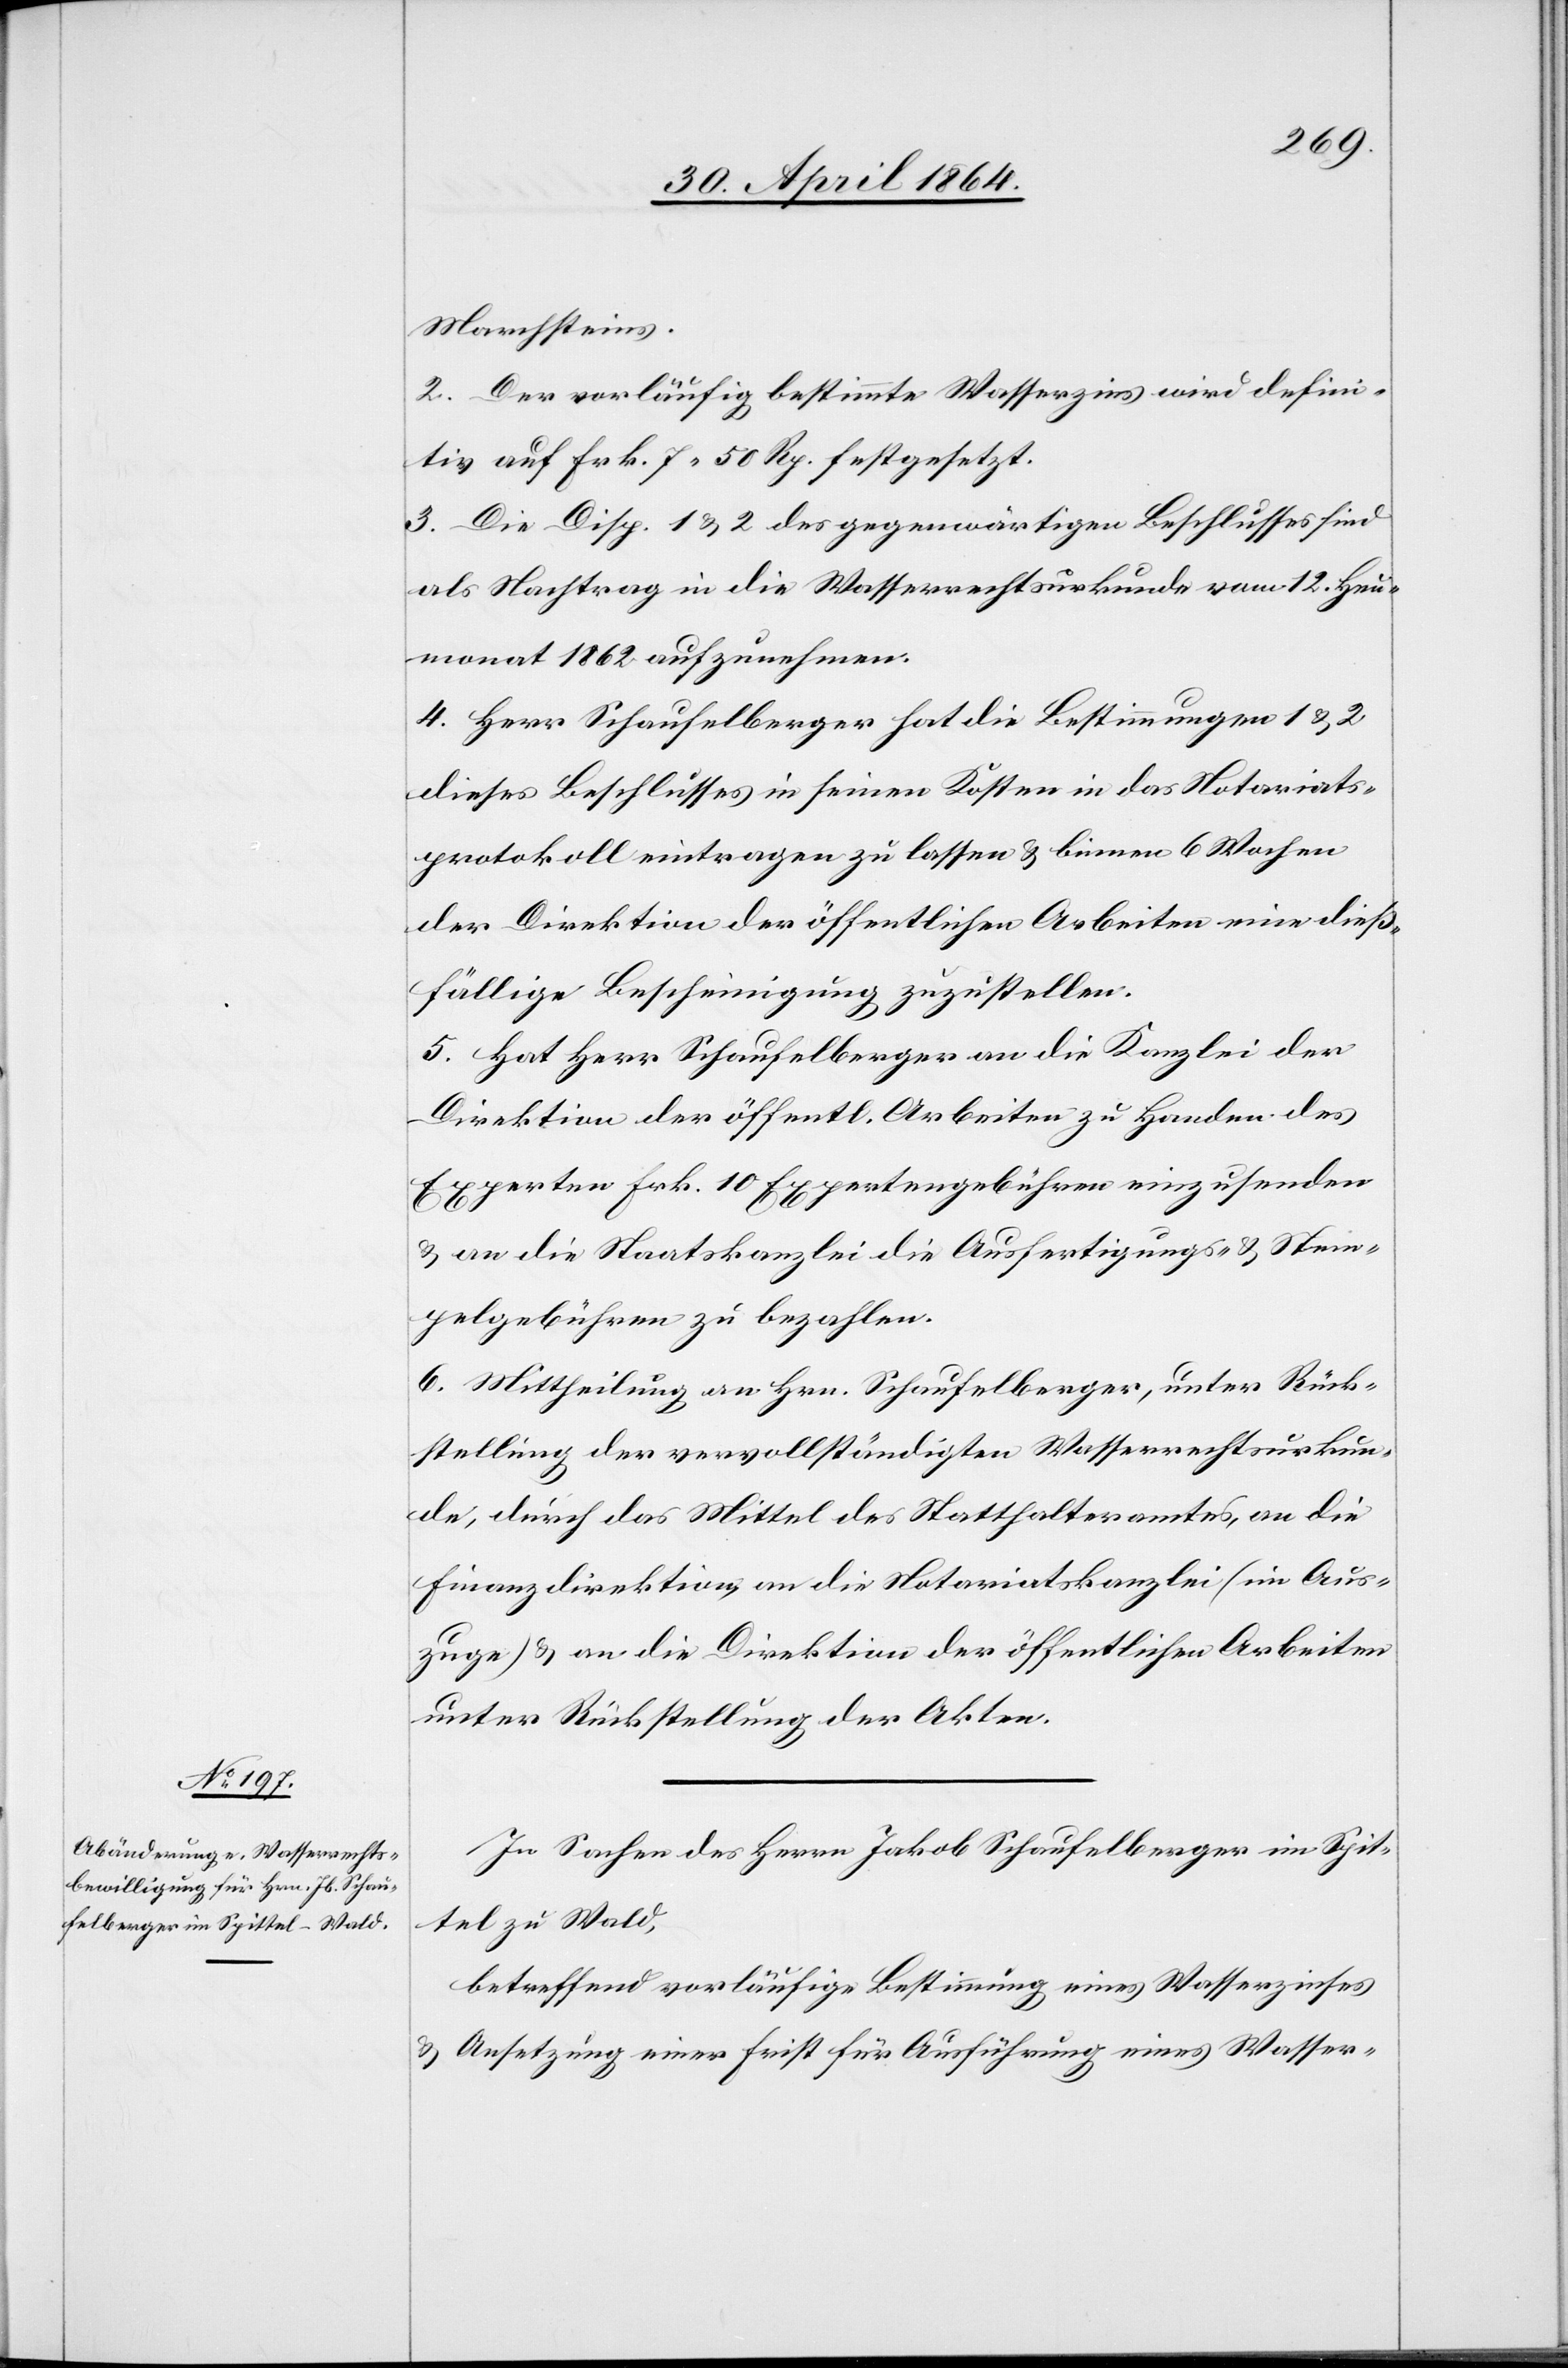
Marchsteins.
2. Der vorläufig bestimmte Wasserzins wird defini¬
tiv auf Frk. 7 50 Rp. festgesetzt.
3. Die Disp. 1 u. 2 des gegenwärtigen Beschlusses sind
als Nachtrag in die Wasserrechtsurkunde vom 12. Heu¬
monat 1862 aufzunehmen.
4. Herr Schaufelberger hat die Bestimmungen 1 u. 2
dieses Beschlusses in seinen Kosten in das Notariats¬
protokoll eintragen zu lassen u. binnen 6 Wochen
der Direktion der öffentlichen Arbeiten eine dieß¬
fällige Bescheinigung zuzustellen.
5. Hat Herr Schaufelberger an die Kanzlei der
Direktion der öffentlichen Arbeiten zu Handen des
Experten Frk. 10 Expertengebühren einzusenden
u. an die Staatskanzlei die Ausfertigungs- u. Stem¬
pelgebühren zu bezahlen.
6. Mittheilung an Hrn. Schaufelberger, unter Rück¬
stellung der vervollständigten Wasserrechtsurkun¬
de, durch das Mittel des Statthalteramtes, an die
Finanzdirektion, an die Notariatskanzlei (im Aus¬
zuge) u. an die Direktion der öffentlichen Arbeiten
unter Rückstellung der Akten.
In Sachen des Herrn Jakob Schaufelberger im Spit¬
tel zu Wald,
betreffend vorläufige Bestimmung eines Wasserzinses
u. Ansetzung einer Frist für Ausführung eines Wasser-